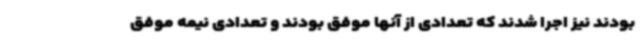
بودند نیز اجرا شدند که تعدادی از آنها موفق بودند و تعدادی نیمه موفق